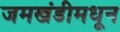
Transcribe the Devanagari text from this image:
जमखंडीमधून